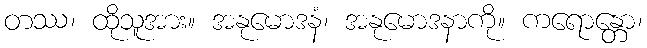
တဿ၊ ထိုသူအား။ အနုမောဒနံ၊ အနုမောဒနာကို။ ကရောန္တော၊